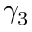
\gamma _ { 3 }